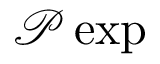
{ \mathcal { P } } \exp